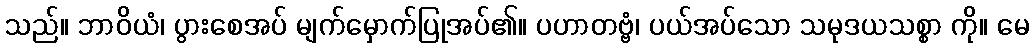
သည်။ ဘာဝိယံ၊ ပွားစေအပ် မျက်မှောက်ပြုအပ်၏။ ပဟာတဗ္ဗံ၊ ပယ်အပ်သော သမုဒယသစ္စာ ကို။ မေ